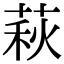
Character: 萩